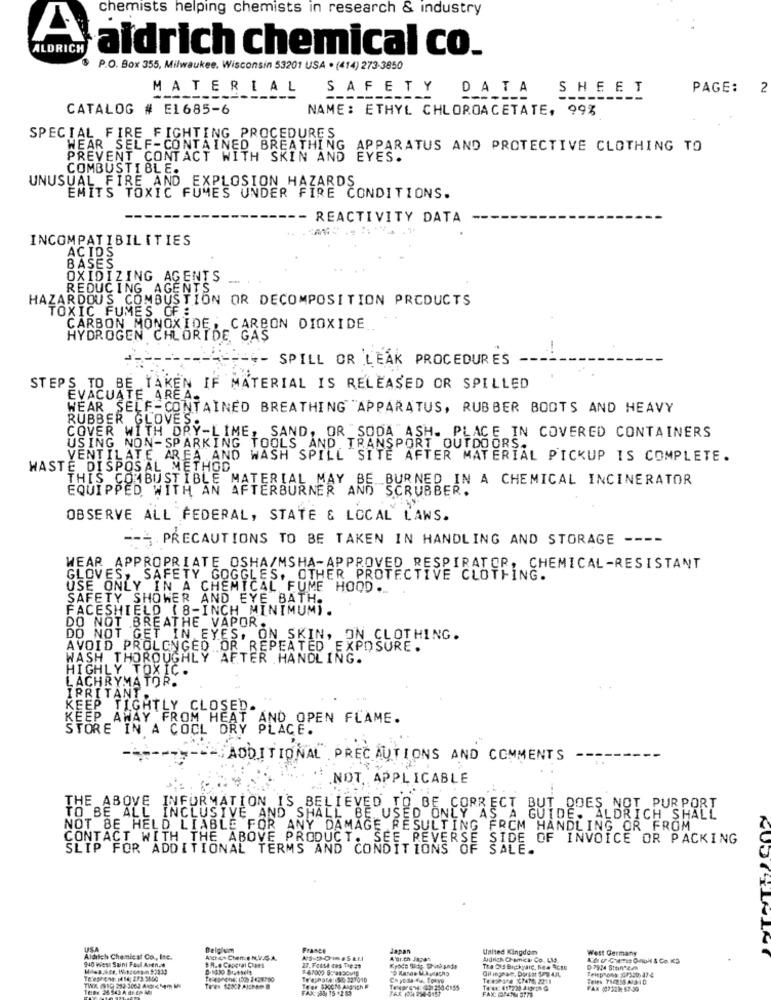
chemists helping chemists in research & industry
A
ALDRICH
aldrich chemical co.
P.O. Box 355, Milwaukee, Wisconsin 53201 USA . (414) 273-3850
MATERIAL
SAFETY DATA SHEET
PAGE:
2
-------
CATALOG # E1685-6
NAME: ETHYL CHLOROACETATE, 99%
SPECIAL FIRE FIGHTING PROCEDURES
WEAR_SELF-CONTAINED BREATHING APPARATUS AND PROTECTIVE CLOTHING TO
PREVENT CONTACT WITH SKIN AND EYES.
COMBUSTIBLE.
UNUSUAL FIRE AND EXPLOSION HAZARDS
EMITS TOXIC FUMES UNDER FIRE CONDITIONS.
-- REACTIVITY DATA
INCOMPATIBILITIES
ACIDS
BASES
OXIDIZING AGENTS
REDUCING AGENTS
HAZARDOUS COMBUSTION OR DECOMPOSITION PRODUCTS
TOXIC FUMES OF :
CARBON MONOXIDE, CARBON DIOXIDE
HYDROGEN CHLORIDE, GAS
*-*- SPILL OR LEAK PROCEDURES
STEPS TO BE TAKEN IF MATERIAL IS RELEASED OR SPILLED
EVACUATE AREA.
WEAR SELF-CONTAINED BREATHING "APPARATUS, RUBBER BOOTS AND HEAVY
RUBBER GLOVES.
COVER WITH DRY-LIME, SAND, OR SODA ASH. PLACE IN COVERED CONTAINERS
USING NON-SPARKING TOOLS AND TRANSPORT OUTDOORS.
VENTILATE AREA AND WASH SPILL SITE AFTER MATERIAL PICKUP IS COMPLETE.
WASTE DISPOSAL METHOD
THIS COMBUSTIBLE MATERIAL MAY BE BURNED IN A CHEMICAL INCINERATOR
EQUIPPED WITH AN AFTERBURNER AND SCRUBBER.
OBSERVE ALL FEDERAL, STATE & LOCAL LAWS.
--- PRECAUTIONS TO BE TAKEN IN HANDLING AND STORAGE ----
WEAR APPROPRIATE OSHA/MSHA-APPROVED RESPIRATOR, CHEMICAL-RESISTANT
GLOVES, SAFETY GOGGLES, OTHER PROTECTIVE CLOTHING.
USE ONLY IN A CHEMICAL FUME HOOD.
SAFETY SHOWER AND EYE BATH.
FACESHIELD (8-INCH MINIMUM).
DO NOT BREATHE VAPOR.
DO NOT GET IN EYES, ON SKIN, ON CLOTHING.
AVOID PROLONGED OR REPEATED EXPOSURE.
WASH THOROUGHLY AFTER HANDLING.
HIGHLY TOXIC.
LACHRYMATOR.
IRRITANT
KEEP TIGHTLY CLOSED.
KEEP AWAY FROM HEAT AND OPEN FLAME.
STORE IN A COOL DRY PLACE.
--- ADDITIONAL PRECAUTIONS AND COMMENTS
.NOT. APPLICABLE
THE ABOVE INFORMATION IS BELIEVED TO BE CORRECT BUT DOES NOT PURPORT
TO BE ALL INCLUSIVE AND SHALL BE USED ONLY AS A GUIDE. ALDRICH SHALL
NOT BE HELD LIABLE FOR ANY DAMAGE RESULTING FROM HANDLING OR FROM
CONTACT WITH THE ABOVE PRODUCT. SEE REVERSE SIDE OF INVOICE OR PACKING
SLIP FOR ADDITIONAL TERMS AND CONDITIONS OF SALE.
USA
Belgium
France
Japan
United Kingdom
West Germany
Aldilich Chemical Co ., Inc.
940 Wiest Saint Paul Arenas
40-4h Chart e N.V.S.A.
. R.e Caperal Claes
Adr-th Japan
Aldrich Chemica Co. Ltd.
F-67002 638956u19
The Old Bickyard, New Acto
Telephone: 201350,874
D7934 StonDe/h
T# #30-304 677 2211
TWIX (919) 282-3062 A447 M
Teer #30CM Angich P
FAX 100 220-9157
FAX (07229 67.30